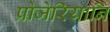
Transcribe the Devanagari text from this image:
प्रोजेरियानि